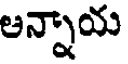
అన్నాయ